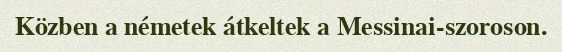
Közben a németek átkeltek a Messinai-szoroson.